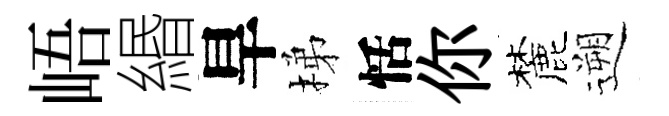
峿緡旱梯恬你麓遡